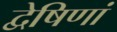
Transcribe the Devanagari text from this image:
द्वेषिणां